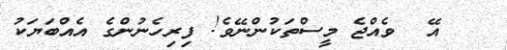
އޭ  ވެއްޖެ މީސްތަކުންނޭވެ! ފިރިހެނުންގެ އެއްބަޔަކު